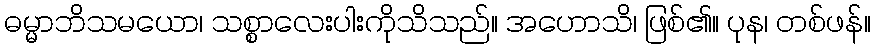
ဓမ္မာဘိသမယော၊ သစ္စာလေးပါးကိုသိသည်။ အဟောသိ၊ ဖြစ်၏။ ပုန၊ တစ်ဖန်။